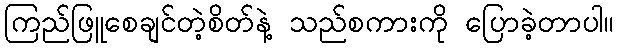
ကြည်ဖြူစေချင်တဲ့စိတ်နဲ့ သည်စကားကို ပြောခဲ့တာပါ။